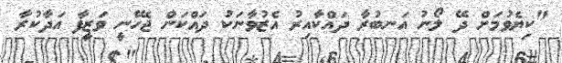
"ކިޔެވުމަށް ދޭ ލޯނު އަނބުރާ ދައްކާއިރު އެޒުވާނަކު ދައްކަން ޖެހޭނީ ވަޒީފާ އަދާކުރާ